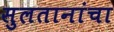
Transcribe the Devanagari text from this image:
सुलतानांचा